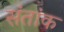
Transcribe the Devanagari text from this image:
संतांक